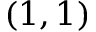
( 1 , 1 )